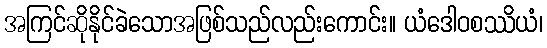
အကြင်ဆိုနိုင်ခဲသောအဖြစ်သည်လည်းကောင်း။ ယံဒေါဝစဿိယံ၊